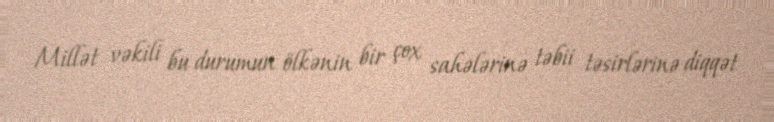
Millət vəkili bu durumun ölkənin bir çox sahələrinə təbii təsirlərinə diqqət